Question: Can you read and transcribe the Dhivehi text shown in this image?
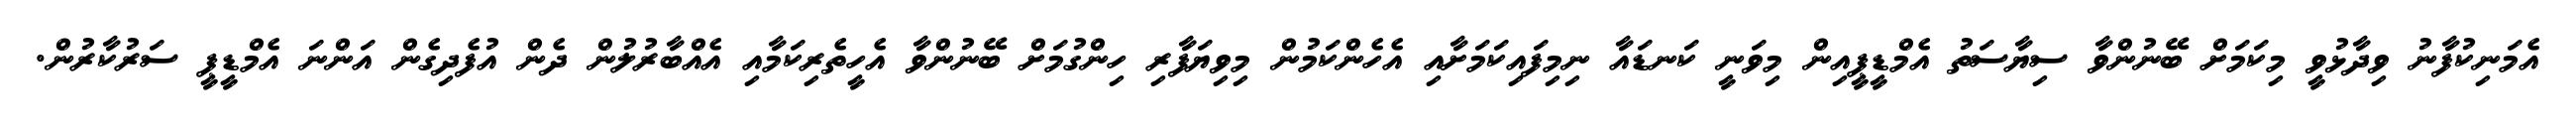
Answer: އެމަނިކުފާނު ވިދާޅުވީ މިކަމަށް ބޭނުންވާ ސިޔާސަތު އެމްޑީޕީއިން މިވަނީ ކަނޑައާ ނިމިފައިކަމަށާއި އެހެންކަމުން މިވިޔަފާރި ހިންގުމަށް ބޭނުންވާ އެހީތެރިކަމާއި އެއްބާރުލުން ދެން އުފެދިގެން އަންނަ އެމްޑީޕީ ސަރުކާރުން.